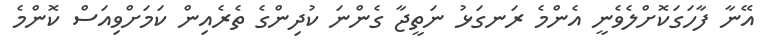
އޭނާ ފާހަގަކޮށްލެވެނީ އެންމެ ރަނގަޅު ނަތީޖާ ގެންނަ ކުދިންގެ ތެރެއިން ކަމަށްވިއަސް ކޮންމެ